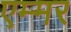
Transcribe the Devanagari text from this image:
एम्मर